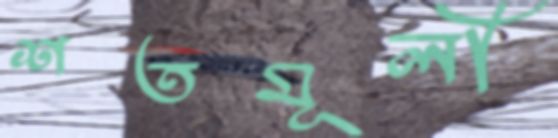
শতমূলী